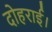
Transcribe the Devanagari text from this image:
दोहराई।